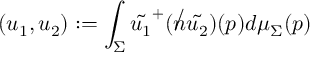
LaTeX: ( u _ { 1 } , u _ { 2 } ) : = \int _ { \Sigma } \tilde { u _ { 1 } } ^ { + } ( { \not n } \tilde { u _ { 2 } } ) ( p ) d \mu _ { \Sigma } ( p )